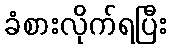
ခံစားလိုက်ရပြီး